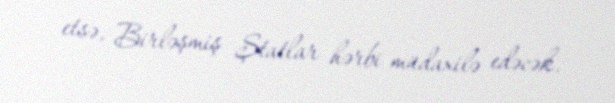
etsə, Birləşmiş Ştatlar hərbi müdaxilə edəcək.